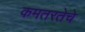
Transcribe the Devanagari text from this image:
कमतरतेचे